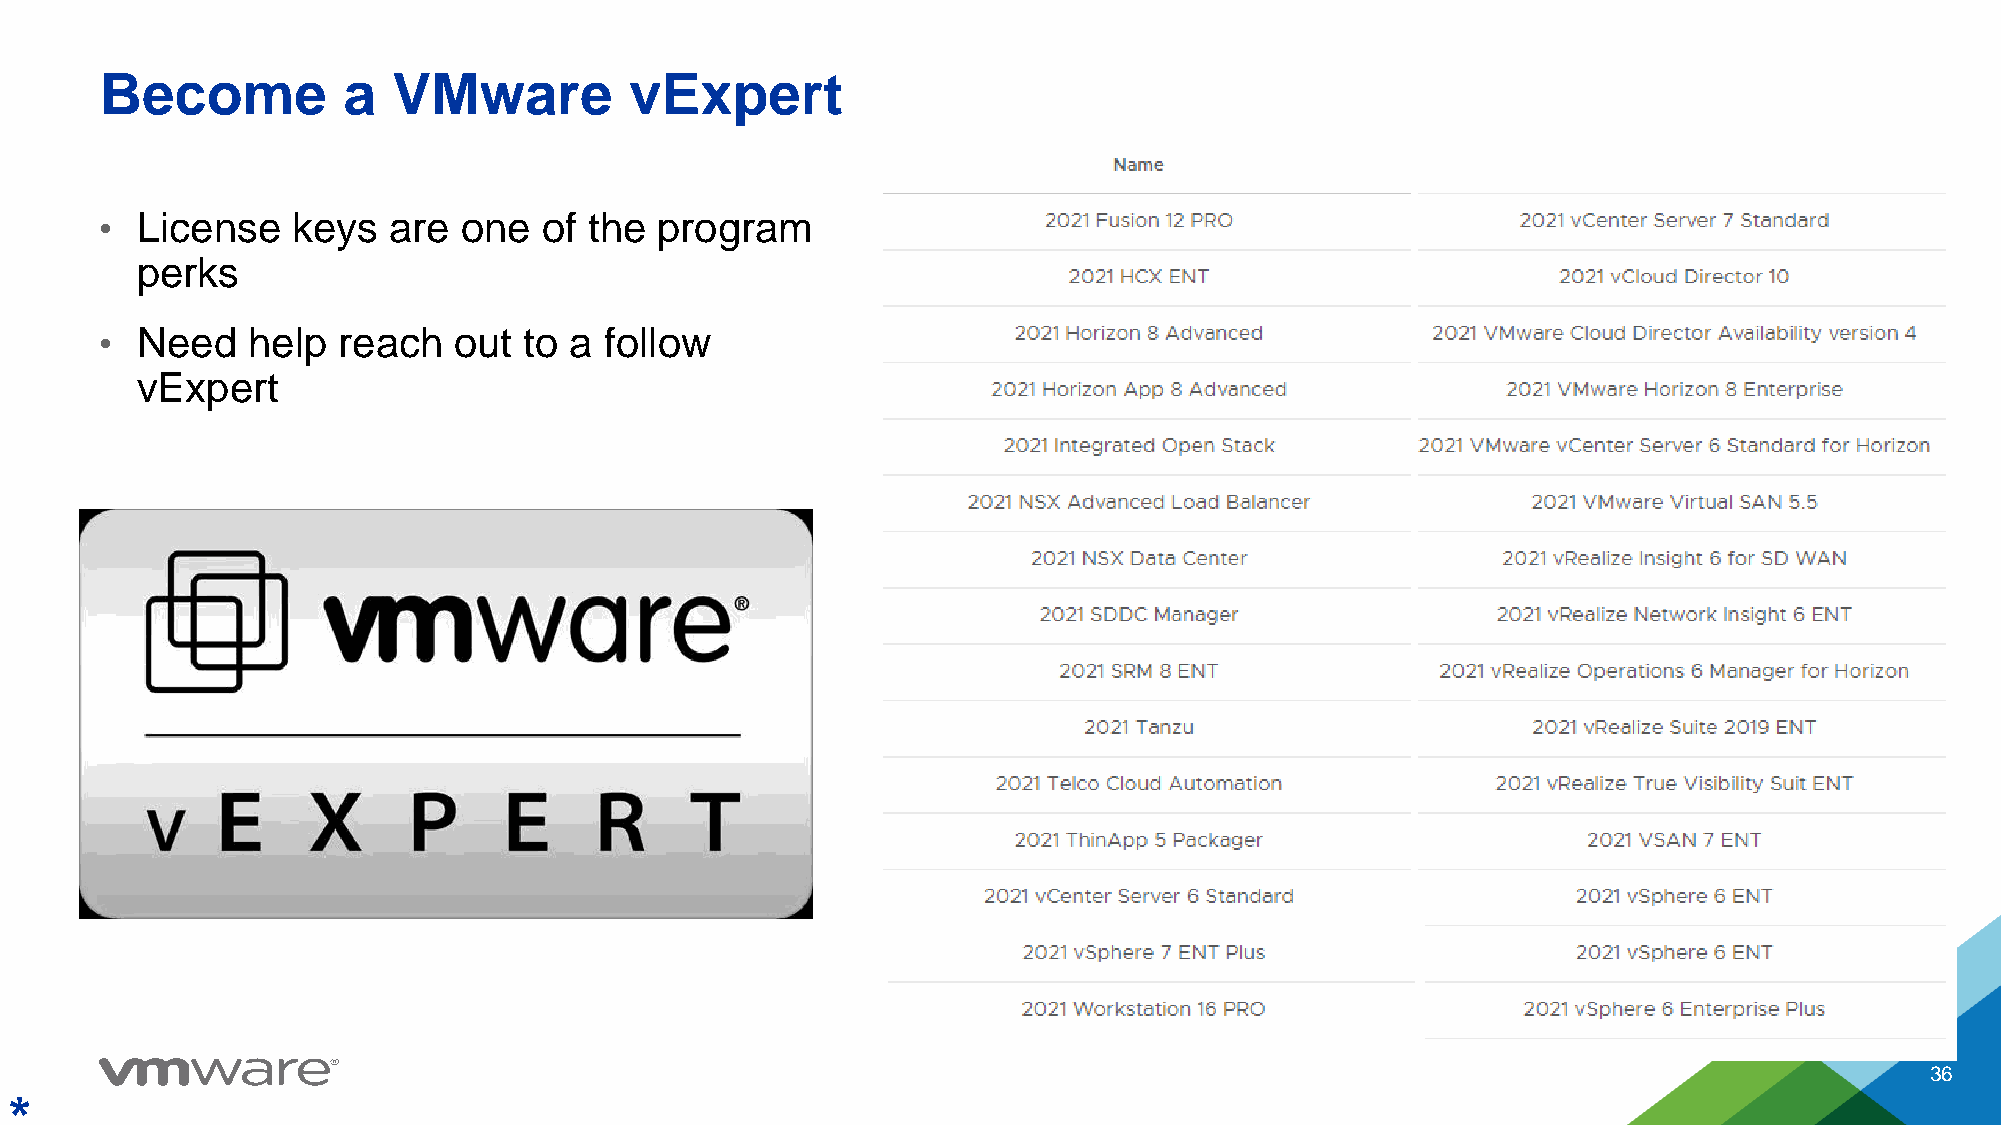
Become          a  VMware          vExpert
 • License   keys   are one   of the program
 perks
 • Need   help  reach   out  to a follow
 vExpert
 36
 *